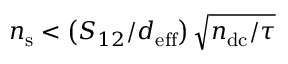
n _ { \mathrm { s } } < \left( S _ { 1 2 } / d _ { \mathrm { e f f } } \right) \sqrt { n _ { \mathrm { d c } } / \tau }